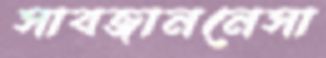
সাবজাননেসা